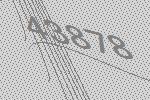
43878